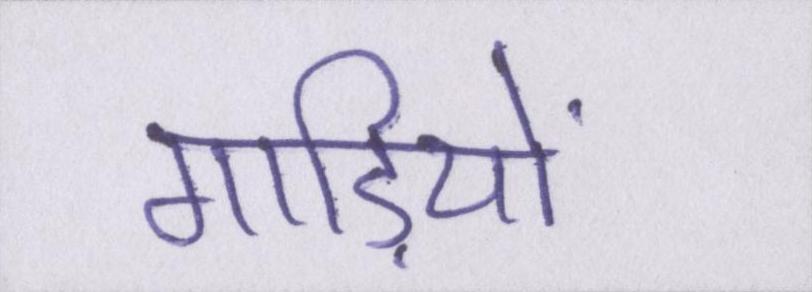
गाड़ियों